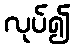
လုပ်၍